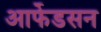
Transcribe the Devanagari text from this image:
आर्फेडसन